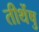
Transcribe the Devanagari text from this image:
तीर्थेषु